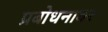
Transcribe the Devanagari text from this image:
प्रबोधनावर